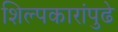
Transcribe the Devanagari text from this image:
शिल्पकारांपुढे